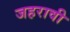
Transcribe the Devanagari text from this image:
जहरावी